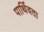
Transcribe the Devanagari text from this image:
पार्थिवता